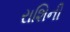
રાશિની